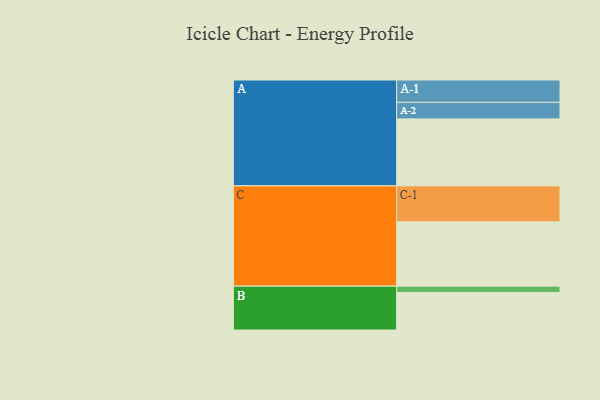
{"axis": {"x": "Segment", "y": "Value"}, "legend": ["", "A", "B", "C"], "data": [{"x": "A", "y": 554, "type": ""}, {"x": "B", "y": 311, "type": ""}, {"x": "C", "y": 532, "type": ""}, {"x": "A-1", "y": 185, "type": "A"}, {"x": "A-2", "y": 137, "type": "A"}, {"x": "B-1", "y": 52, "type": "B"}, {"x": "C-1", "y": 298, "type": "C"}]}